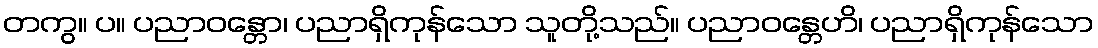
တကွ။ ပ။ ပညာဝန္တော၊ ပညာရှိကုန်သော သူတို့သည်။ ပညာဝန္တေဟိ၊ ပညာရှိကုန်သော